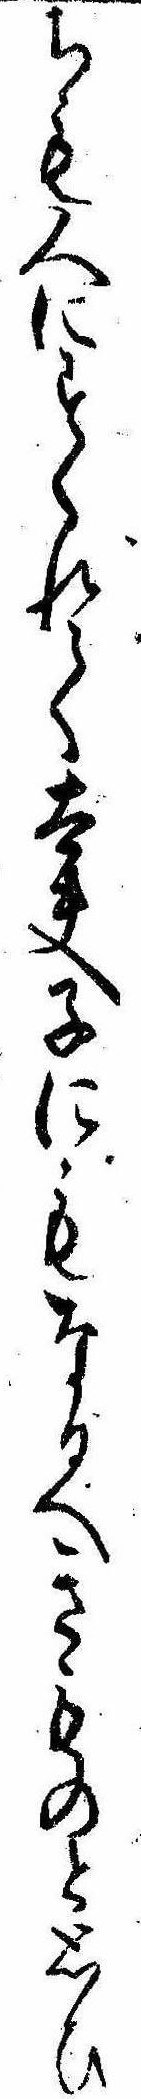
ちも人にすくれて太夫子にもなるへきものと思ひ